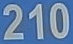
210